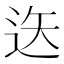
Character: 𨒔